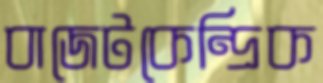
বাজেটকেন্দ্রিক